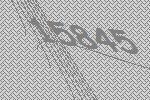
15845